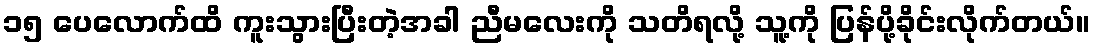
၁၅ ပေလောက်ထိ ကူးသွားပြီးတဲ့အခါ ညီမလေးကို သတိရလို့ သူ့ကို ပြန်ပို့ခိုင်းလိုက်တယ်။